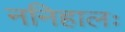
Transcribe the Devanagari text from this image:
ननिहालः